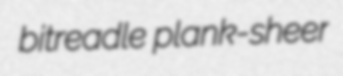
bitreadle plank-sheer